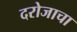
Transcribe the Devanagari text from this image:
दरोजाचा